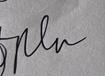
Signature authenticity: genuine